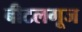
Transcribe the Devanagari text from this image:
बीटलगूज